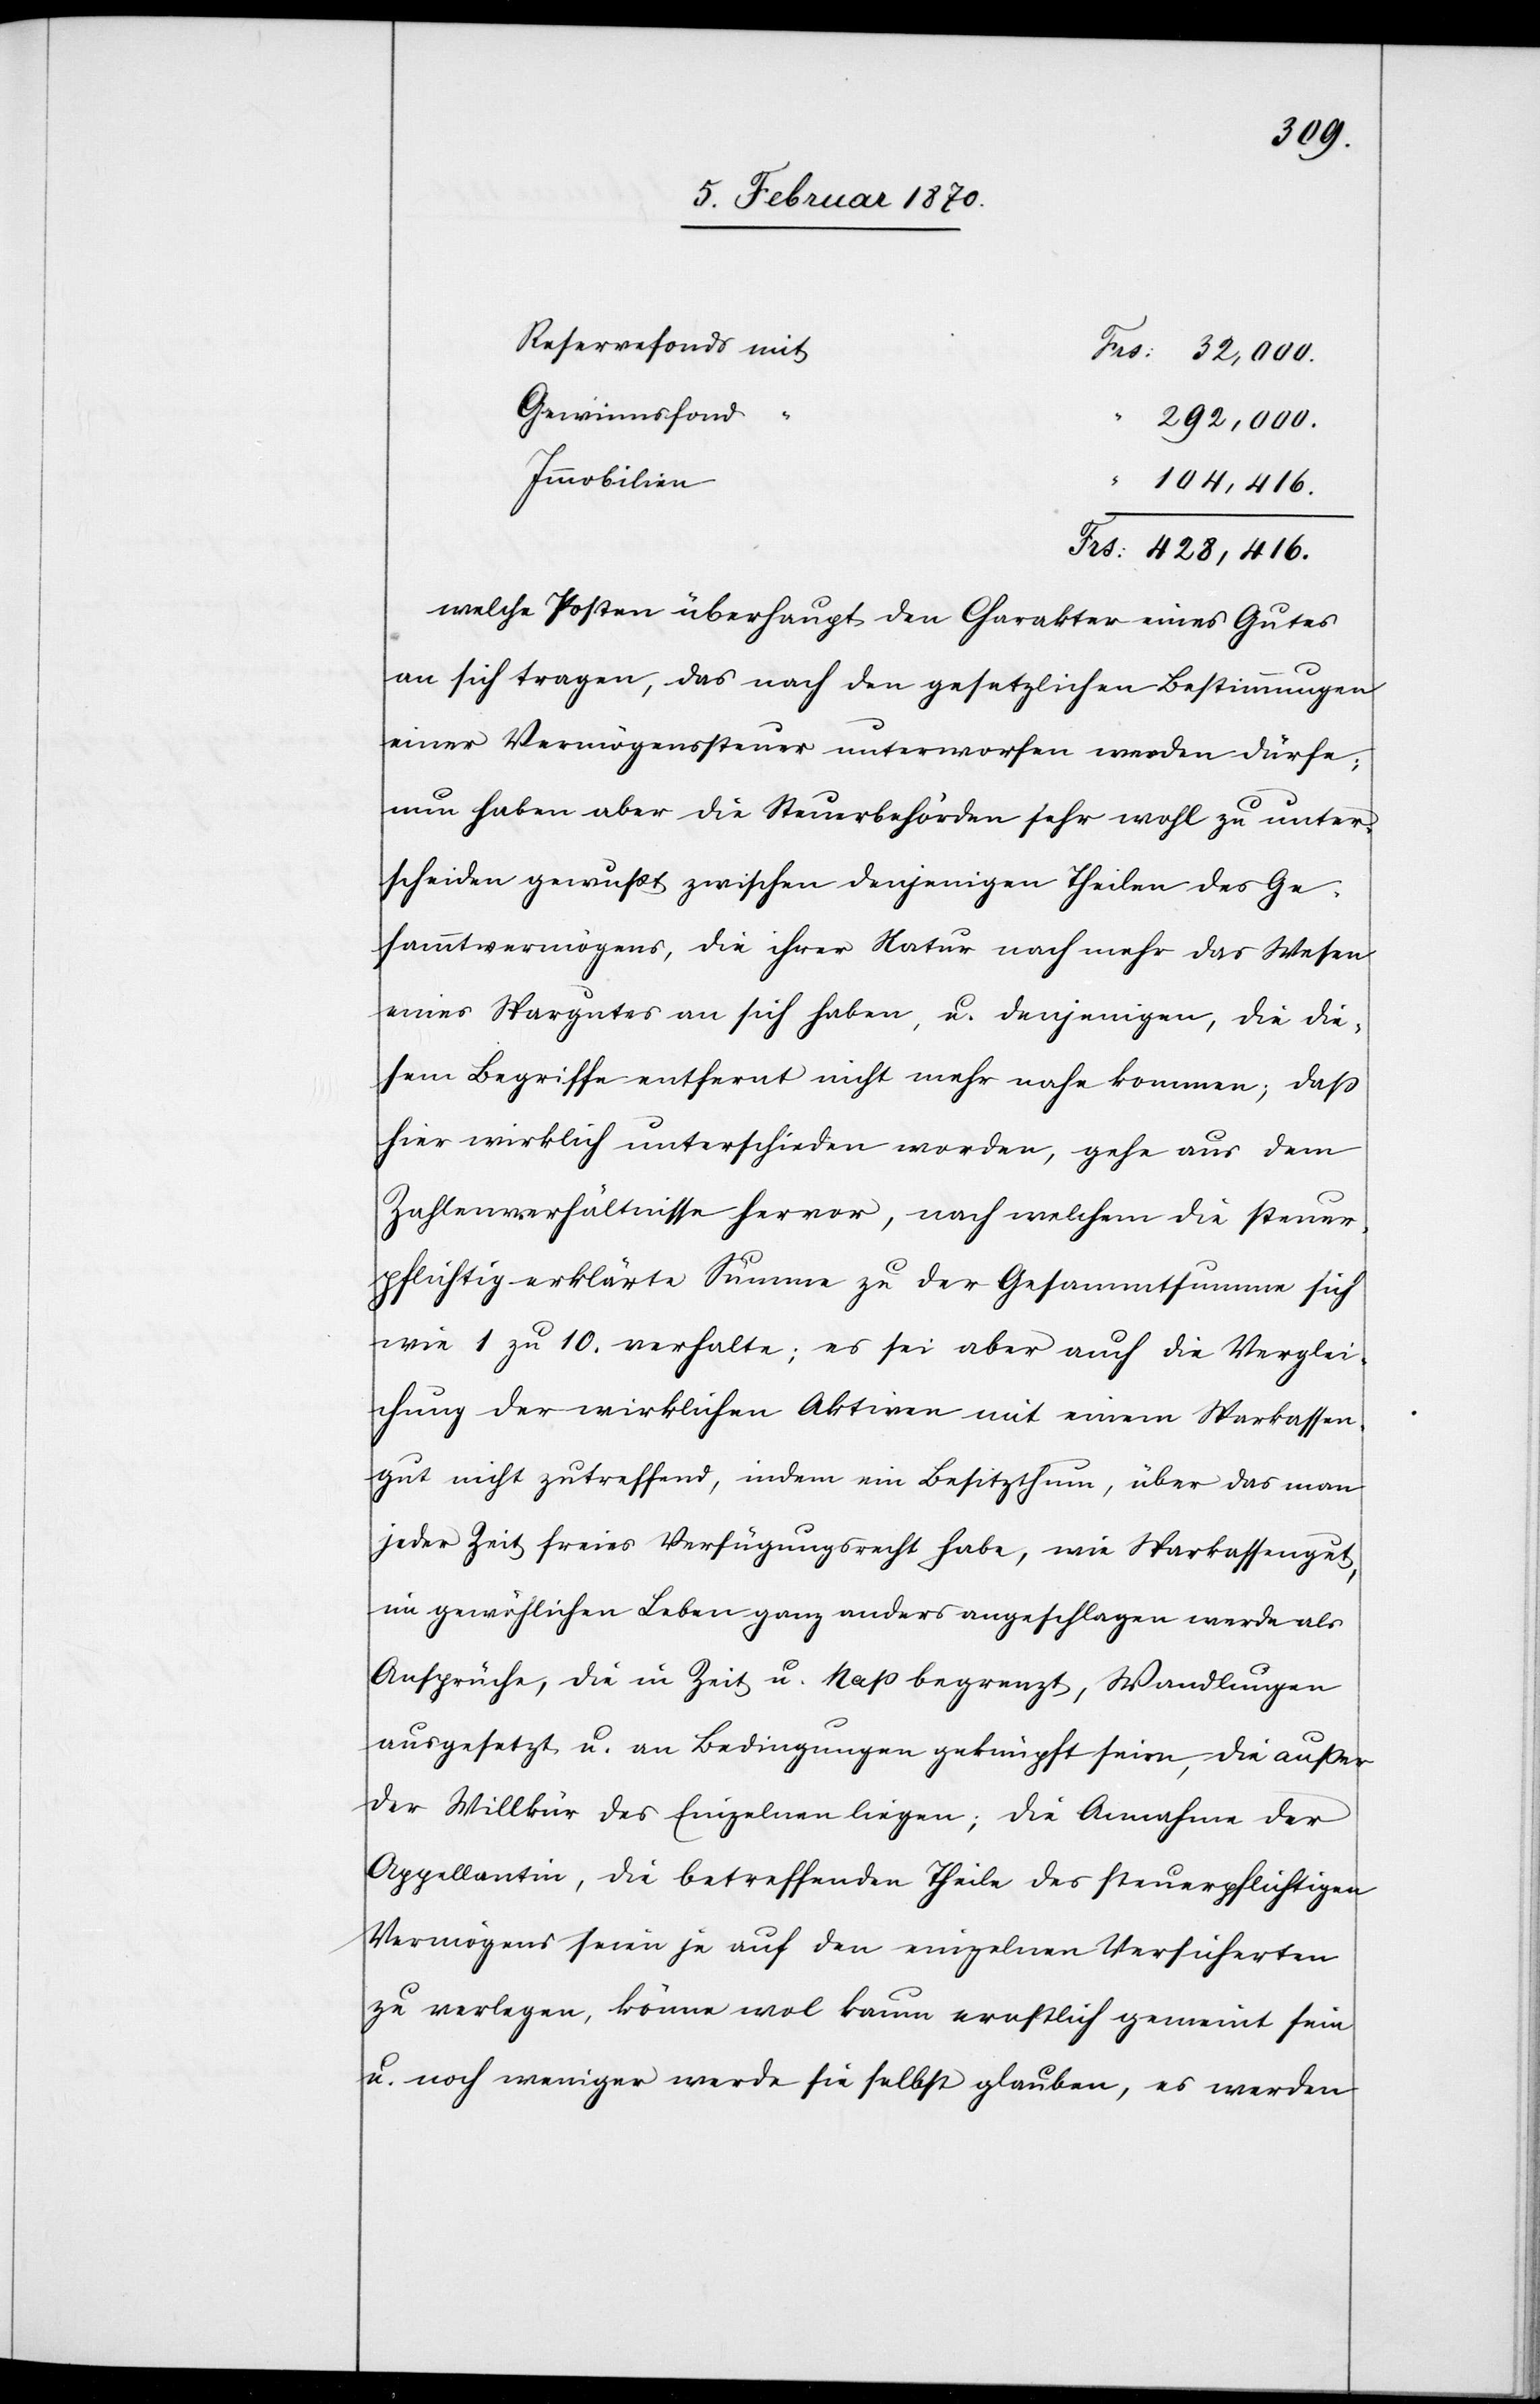
Reservefonds mit
Frs: 32,000.
Gewinnsfond
292,000.
104,416.
Frs: 428,416.
welche Posten überhaupt den Charakter eines Gutes
an sich tragen, das nach den gesetzlichen Bestimmungen
einer Vermögenssteuer unterworfen werden dürfe;
nun haben aber die Steuerbehörden sehr wohl zu unter¬
scheiden gewusst zwischen denjenigen Theilen des Ge¬
sammtvermögens, die ihrer Natur nach mehr das Wesen
eines Spargutes an sich haben, u. denjenigen, die die¬
sem Begriffe entfernt nicht mehr nahe kommen; dass
hier wirklich unterschieden worden, gehe aus dem
Zahlenverhältnisse hervor, nach welchem die steuer¬
pflichtig erklärte Summe zu der Gesammtsumme sich
wie 1 zu 10. verhalte; es sei aber auch die Verglei¬
chung der wirklichen Aktiven mit einem Sparkassen¬
gut nicht zutreffend, indem ein Besitzthum, über das man
jeder Zeit freies Verfügungsrecht habe, wie Sparkassengut,
im gewöhlichen Leben ganz anders angeschlagen werde als
Ansprüche, die in Zeit u. Mass begrenzt, Wandlungen
ausgesetzt u. an Bedingungen geknüpft seien, die außer
der Willkür des Einzelnen liegen; die Annahme der
Appellantin, die betreffenden Theile des steuerpflichtigen
Vermögens seien je auf den einzelnen Versicherten
zu verlegen, könne wol kaum ernstlich gemeint sein
u. noch weniger werde sie selbst glauben, es werden